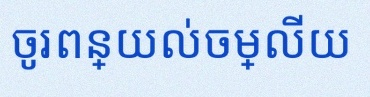
ចូរពន្យល់ចម្លើយ